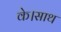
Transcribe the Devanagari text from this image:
के।साथ